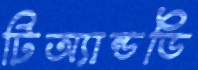
টিঅ্যান্ডডি